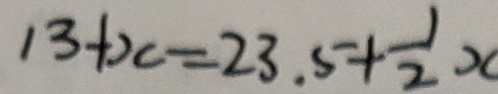
1 3 + x = 2 3 . 5 + \frac { 1 } { 2 } x